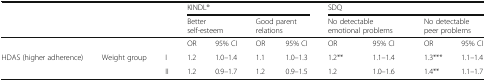
<table><thead><tr><td></td><td></td><td></td><td colspan="4"><b>KINDL®</b></td><td colspan="4"><b>SDQ</b></td></tr><tr><td colspan="3"></td><td colspan="2"><b>Better self-esteem</b></td><td colspan="2"><b>Good parent relations</b></td><td colspan="2"><b>No detectable emotional problems</b></td><td colspan="2"><b>No detectable peer problems</b></td></tr></thead><tbody><tr><td colspan="3"></td><td>OR</td><td>95% CI</td><td>OR</td><td>95% CI</td><td>OR</td><td>95% CI</td><td>OR</td><td>95% CI</td></tr><tr><td rowspan="2">HDAS (higher adherence)</td><td rowspan="2">Weight group</td><td>I</td><td>1.2</td><td>1.0–1.4</td><td>1.1</td><td>1.0–1.3</td><td>1.2**</td><td>1.1–1.4</td><td>1.3***</td><td>1.1–1.4</td></tr><tr><td>II</td><td>1.2</td><td>0.9–1.7</td><td>1.2</td><td>0.9–1.5</td><td>1.2</td><td>1.0–1.6</td><td>1.4**</td><td>1.1–1.7</td></tr></tbody></table>